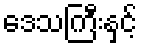
ဒေသကြီးနှင့်